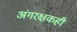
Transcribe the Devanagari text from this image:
अंगरक्षकही